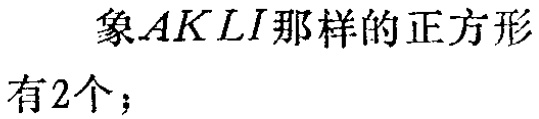
象\(AKLI\)那样的正方形有\(2\)个；